Vaccination in Burma 1900-1911 - 1900-1911
Year: 1900
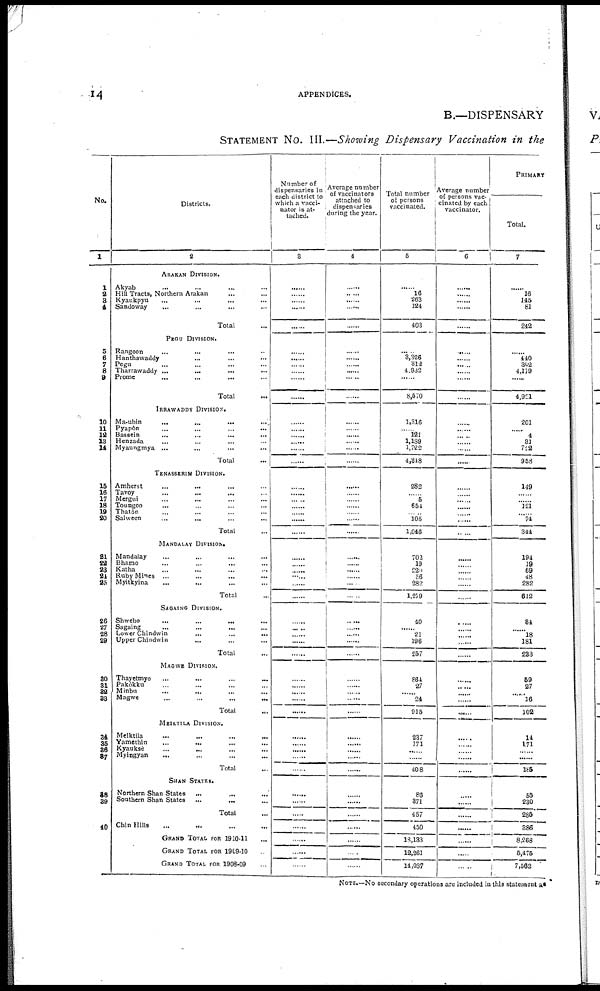
14
APPENDICES.
B.—DISPENSARY
STATEMENT No. III.—Showing Dispensary Vaccination in the
No.
1
1
2
3
4
5
6
7
8
9
10
11
12
13
14
15
16
17
18
19
20
21
22
23
24
25
26
27
28
29
30
31
32
33
34
35
36
37
38
39
10
Districts.
2
ARAKAN DIVISION.
Akyab... ...
Hill Tracts, Northern Arakan... ...
Kyaukpyu... ...
Sandoway... ... ...
Total...
PEGU DIVISION.
Rangoon
...
...
...
Hanthawaddy...
...
...
...
Pegu... ...
Tharrawaddy ... ... ...
Prome... ... ...
Total... ...
IRRAWADDY DIVISION.
Ma-ubin...
...
...
...
Pyapôn...
...
...
Bassein...
...
...
Henzada... ... ... ...
Myaungmya...
...
...
Total...
TENNASSRIM DIVISION.
Amherst...
...
...
...
Tavoy... ... ... ...
Mergui...
...
...
...
Toungoo... ... ... ...
Thatôn... ... ... ...
Salween
...
...
...
Total... ...
MANDALAY DIVISION.
Mandalay... ... ...
Bhamo...
...
...
Katha...
...
...
Ruby Mines ... ... ... ...
Myitkyina... ... ...
Total... ...
SAGAING DIVISION.
Shwebo...
...
...
Sagaing... ... ...
Lower Chindwin... ... ...
Upper
Chindwin...
...
...
Total...
MAGWE DIVISION.
Thayetmyo... ... ...
Pakôkku... ... ...
Minbu
...
...
...
Magwe
...
...
...
Total...
MEIKTILA DIVISION.
Meiktila... ... ...
Yamèthin...
...
...
Kyauksè...
...
...
Myingyan...
...
Total......
SHAN STATES.
Northern Shan States... ... ...
Southern Shan States... ... ...
Total... ...
Chin Hills... ...
GRAND TOTAL FOR 1910-11
GRAND TOTAL FOR 1909-10
GRAND TOTAL FOR 1908-09
Number of
dispensaries in
each district to
which a vacci-
nator is at-
tached.
3
......
......
......
......
......
......
......
......
......
......
......
......
......
......
......
......
......
......
......
......
......
......
......
......
......
......
......
......
......
......
......
......
......
......
......
......
......
......
......
......
......
......
......
......
......
......
......
......
......
......
......
Average number
of vaccinators
attached to
dispensaries
during the year.
4
......
......
......
......
......
......
......
......
......
......
......
......
......
......
......
......
......
......
......
......
......
......
......
......
......
......
......
......
......
......
......
......
......
......
......
......
......
......
......
......
......
......
......
......
......
......
......
......
......
......
......
Total number
of persons
vaccinated.
5
......
16
263
124
403
......
3,326
312
4,932
......
8,670
1,316
......
191
1,189
1,722
4,818
282
......
5
654
......
105
1,016
702
19
220
56
282
1,279
40
......
21
196
257
864
27
......
24
915
237
171
......
......
408
86
371
457
450
18,133
12,261
14,087
Average number
of persons vac-
cinated by each
vaccinator.
6
...
......
......
......
......
......
......
......
......
......
......
......
......
......
......
......
......
......
......
......
......
......
......
......
......
......
......
......
......
......
......
......
......
......
......
......
......
......
......
......
......
......
......
......
......
......
......
......
......
......
......
......
PRIMARY
Total.
7
...
16
145
81
242
......
140
302
4,179
......
1,921
201
...... 4
31
722
958
149
......
......
121
......
74
344
194
19
69
48
282
612
34
......
18
181
283
59
27
......
16
102
14
171
......
......
185
55
230
285
886
8,263
5,475
7,562
NOTE.—No secondary operations are included in this statement as